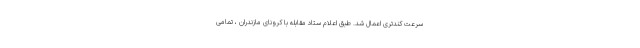
سرعت کندتری اعمال شد. طبق اعلام ستاد مقابله با کرونای مازندران ، تمامی